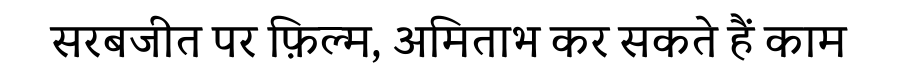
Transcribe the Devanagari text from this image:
सरबजीत पर फ़िल्म, अमिताभ कर सकते हैं काम